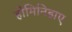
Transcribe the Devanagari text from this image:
होमिनिडाए